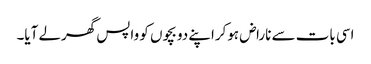
اسی بات سے ناراض ہوکراپنے دو بچوں کو واپس گھرلے آیا۔